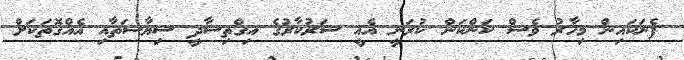
ފެނަކައިން މިހާރު ވެސް ކަންކަން ކުރަނީ އެއީ ސަރުކާރުގެ އިގްތިސާދީ ސިޔާސަތާއި އެއްގޮތަކަށް